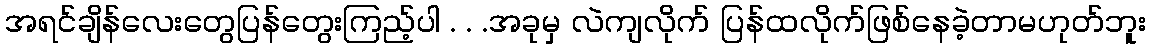
အရင်ချိန်လေးတွေပြန်တွေးကြည့်ပါ . . .အခုမှ လဲကျလိုက် ပြန်ထလိုက်ဖြစ်နေခဲ့တာမဟုတ်ဘူး